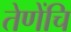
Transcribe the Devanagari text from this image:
तेणेंचि